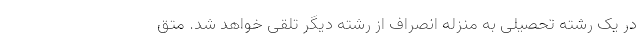
در یک رشته تحصیلی به منزله انصراف از رشته دیگر تلقی خواهد شد. متق